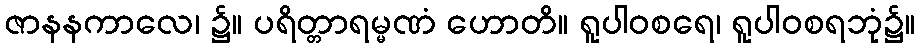
ဇာနနကာလေ၊ ၌။ ပရိတ္တာရမ္မဏံ ဟောတိ။ ရူပါဝစရေ၊ ရူပါဝစရဘုံ၌။